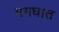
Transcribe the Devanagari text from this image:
मगधात